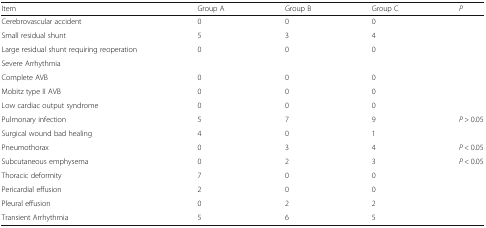
<table><thead><tr><td><b>Item</b></td><td><b>Group A</b></td><td><b>Group B</b></td><td><b>Group C</b></td><td><b><i>P</i></b></td></tr></thead><tbody><tr><td>Cerebrovascular accident</td><td>0</td><td>0</td><td>0</td><td></td></tr><tr><td>Small residual shunt</td><td>5</td><td>3</td><td>4</td><td></td></tr><tr><td>Large residual shunt requiring reoperation</td><td>0</td><td>0</td><td>0</td><td></td></tr><tr><td>Severe Arrhythmia</td><td></td><td></td><td></td><td></td></tr><tr><td>Complete AVB</td><td>0</td><td>0</td><td>0</td><td></td></tr><tr><td>Mobitz type II AVB</td><td>0</td><td>0</td><td>0</td><td></td></tr><tr><td>Low cardiac output syndrome</td><td>0</td><td>0</td><td>0</td><td></td></tr><tr><td>Pulmonary infection</td><td>5</td><td>7</td><td>9</td><td><i>P</i> &gt; 0.05</td></tr><tr><td>Surgical wound bad healing</td><td>4</td><td>0</td><td>1</td><td></td></tr><tr><td>Pneumothorax</td><td>0</td><td>3</td><td>4</td><td><i>P</i> &lt; 0.05</td></tr><tr><td>Subcutaneous emphysema</td><td>0</td><td>2</td><td>3</td><td><i>P</i> &lt; 0.05</td></tr><tr><td>Thoracic deformity</td><td>7</td><td>0</td><td>0</td><td></td></tr><tr><td>Pericardial effusion</td><td>2</td><td>0</td><td>0</td><td></td></tr><tr><td>Pleural effusion</td><td>0</td><td>2</td><td>2</td><td></td></tr><tr><td>Transient Arrhythmia</td><td>5</td><td>6</td><td>5</td><td></td></tr></tbody></table>